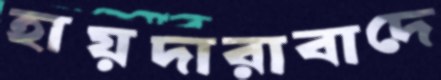
হায়দারাবাদে